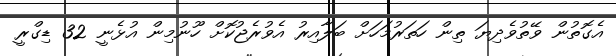
އެގޮތުން ވޭތުވެދިޔަ ތިން ހަތަރުމަހަށް ބަލާއިރު އެވުރެޖުކޮށް ހޫނުމިން އުޅެނީ 32 ޑިގްރީ